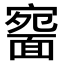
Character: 𩈱